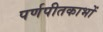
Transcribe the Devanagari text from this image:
पर्णपीतकाभों